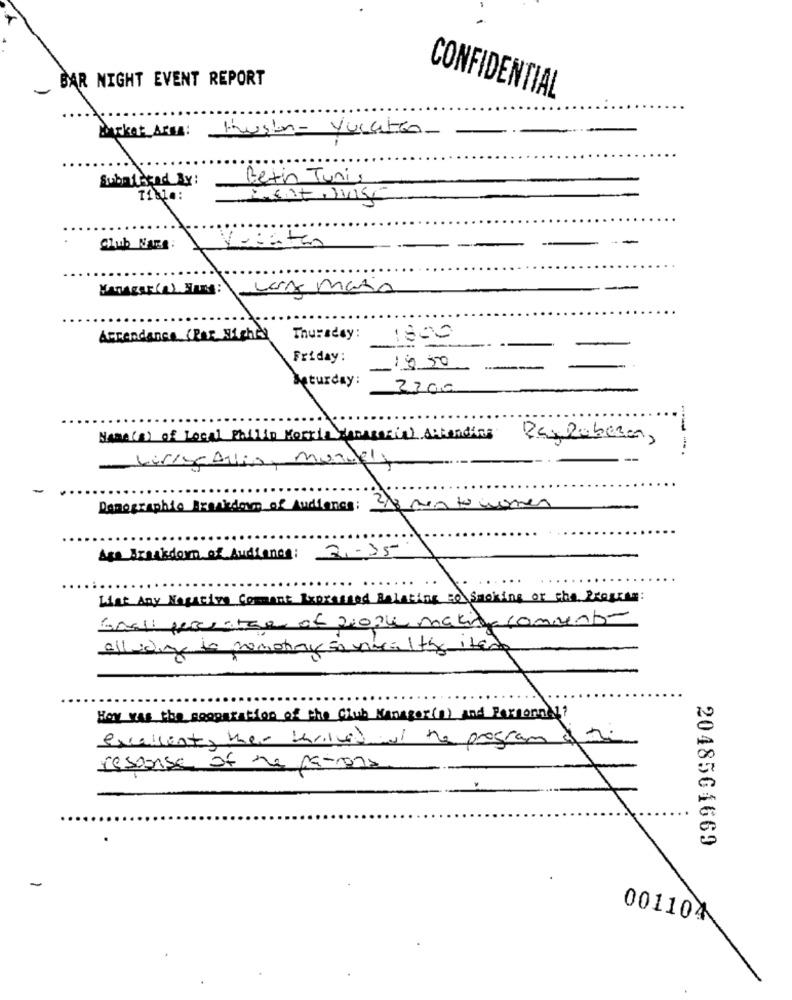
BAR NIGHT EVENT REPORT
CONFIDENTIAL
Barkat ArsA:
Musion-yucatan-
Submitted By:
Betin Tunis
Tible:
Club Nars:
Vanitas
Attendance (Por, Nichel Thursday:
1800
Friday:
1950
Saturday:
2300
Home(s) of Local Philip Morris Managerial Accendics
RayRobera,
Liras Allia, Manuels
Demographic Breakdown of Audiones: 2/8 mento women
Are Breakdown of Audience: 2 ,- 35
...
List Any Negative Comment Expressed Relating to Smoking or the Program:
Sadi pervotre af 2ople makine comment
alluding to promotey so unica 1 ty item
Hoy was the separation of the club Manager(a) and Personnel?
excellent, then throwsideal the program of the
response of de persona
2048561669
-
001104